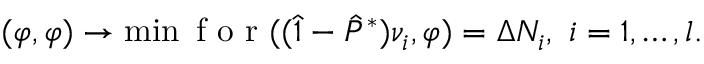
\begin{array} { r } { ( \varphi , \varphi ) \rightarrow \operatorname* { m i n } \mathrm { ~ f ~ o ~ r ~ } ( ( \hat { 1 } - \hat { P } ^ { * } ) \nu _ { i } , \varphi ) = \Delta N _ { i } , \ i = 1 , \ldots , l . } \end{array}